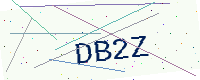
Text: DB2Z